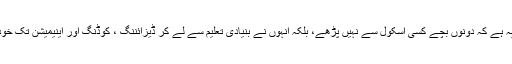
دلچسپ بات یہ ہے کہ دونوں بچے کسی اسکول سے نہیں پڑھے، بلکہ انہوں نے بنیادی تعلیم سے لے کر ڈیزائننگ ، کوڈنگ اور اینیمیشن تک خود سیکھی ہے۔